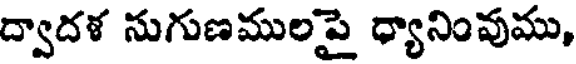
ద్వాదళ నుగుణములపై ధ్యానింవుము,